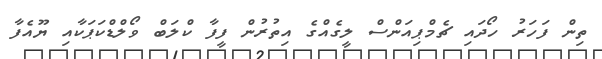
ތިން ފަހަރު ހޯދައި ޗެމްޕިއަންސް ލީގެއްގެ އިތުރުން ފީފާ ކްލަބް ވޯލްޑްކަޕަކާއި ޔޫއެފާ